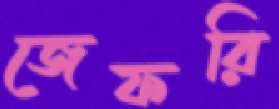
জেফরি